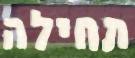
תחילה